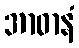
အာဓာနံ